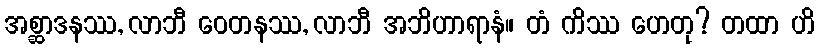
အစ္ဆာဒနဿ, လာဘီ ဝေတနဿ, လာဘီ အဘိဟာရာနံ။ တံ ကိဿ ဟေတု? တထာ ဟိ